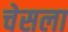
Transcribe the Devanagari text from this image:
चेसला